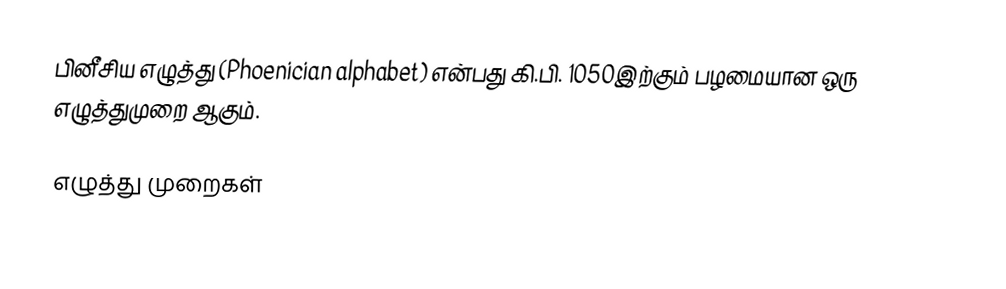
பினீசிய எழுத்து (Phoenician alphabet) என்பது கி.பி. 1050இற்கும் பழமையான ஒரு எழுத்துமுறை ஆகும்.

எழுத்து முறைகள்